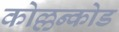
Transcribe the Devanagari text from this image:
कोल्लन्कोड